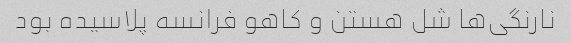
نارنگی‌ها شل هستن و کاهو فرانسه پلاسیده بود